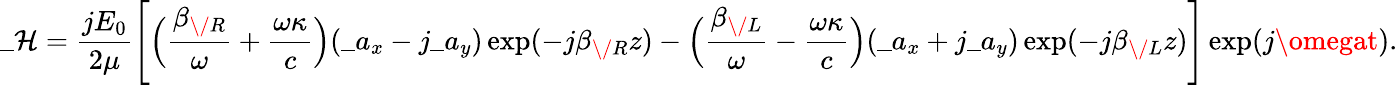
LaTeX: \_ \mathcal{H}={\frac{{jE_{0}}}{{2\mu}}}\Bigg[\Big({\frac{{\beta_{\/ R}}}{{\omega}}}+{\frac{{\omega\kappa}}{{c}}}\Big)(\_ a_{x}-j\_ a_{y})\exp(-j\beta_{\/ R}z)-\Big({\frac{{\beta_{\/ L}}}{{\omega}}}-{\frac{{\omega\kappa}}{{c}}}\Big)(\_ a_{x}+j\_ a_{y})\exp(-j\beta_{\/ L}z)\Bigg]\exp(j\omegat).